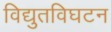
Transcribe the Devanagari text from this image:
विद्युतविघटन